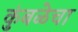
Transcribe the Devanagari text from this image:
कुंबळेचा